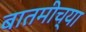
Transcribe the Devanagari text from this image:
बातमीच्या